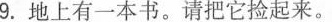
9.地上有一本书。请把它捡起来。